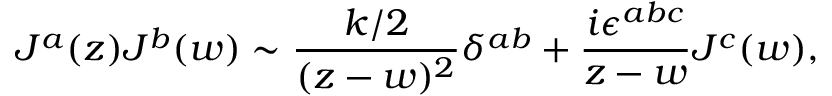
J ^ { a } ( z ) J ^ { b } ( w ) \sim \frac { k / 2 } { ( z - w ) ^ { 2 } } \delta ^ { a b } + \frac { i \epsilon ^ { a b c } } { z - w } J ^ { c } ( w ) ,